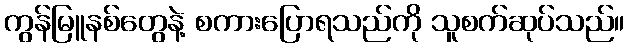
ကွန်မြူနစ်တွေနဲ့ စကားပြောရသည်ကို သူစက်ဆုပ်သည်။